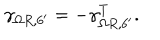
\gamma _ { \Omega R , 6 ^ { \prime } } = - \gamma _ { \Omega R , 6 ^ { \prime } } ^ { T } .